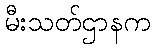
မီးသတ်ဌာနက